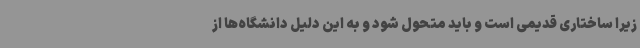
زیرا ساختاری قدیمی است و باید متحول شود و به این دلیل دانشگاه‌ها از